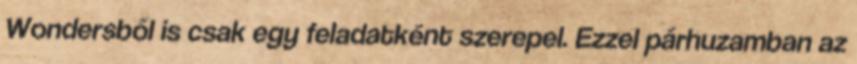
Wondersből is csak egy feladatként szerepel. Ezzel párhuzamban az